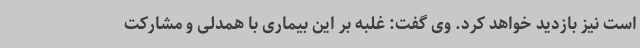
است نیز بازدید خواهد کرد. وی گفت: غلبه بر این بیماری با همدلی و مشارکت